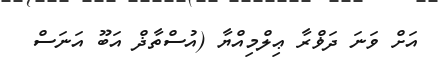
އަށް ވަނަ ދަޥްރާ ޢިލްމިއްޔާ (އުސްތާޛް އަބޫ އަނަސް